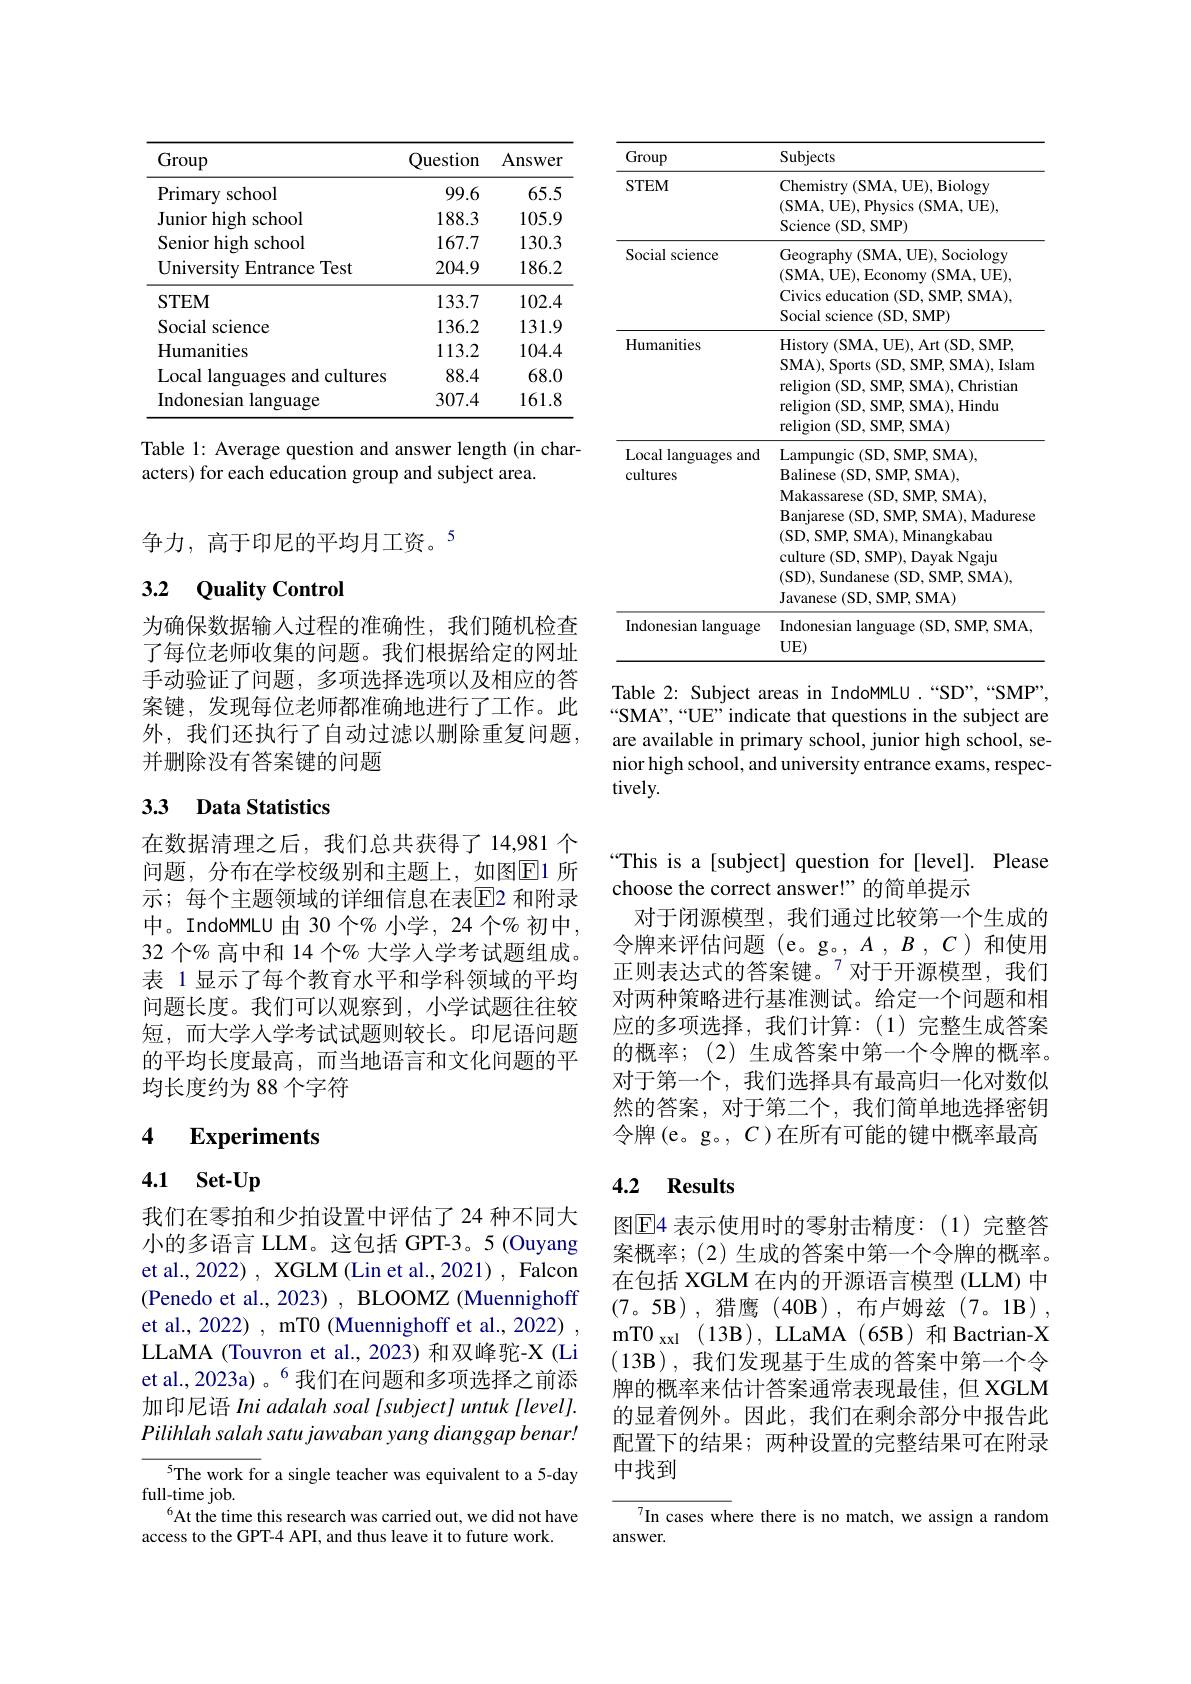
<table>
	<tbody>
		<tr>
			<th>Group</th>
			<th>Subjects</th>
		</tr>
		<tr>
			<td>STEM</td>
			<td>Chemistry ( SMA, UE) , Biology (SMA, UE), Physics (SMA, UE), Science ( SD, SMP) </td>
		</tr>
		<tr>
			<td>Social science</td>
			<td>Geography (SMA, UE), Sociology (SMA, UE), Economy (SMA, UE), Civics education (SD, SMP, SMA), Social science (SD, SMP)</td>
		</tr>
		<tr>
			<td>Humanities</td>
			<td>History ( SMA, UE) , Art ( SD, SMP, SMA), Sports (SD, SMP, SMA), Islam religion (SD, SMP, SMA), Christian religion (SD, SMP, SMA), Hindu religion (SD, SMP, SMA)</td>
		</tr>
		<tr>
			<td>Local languages and cultures</td>
			<td>Lampungic ( SD, SMP, SMA) , Balinese ( SD, SMP, SMA) , Makassarese ( SD, SMP, SMA) , Banjarese ( SD, SMP, SMA) , Madurese (SD, SMP, SMA), Minangkabau culture (SD, SMP), Dayak Ngaju (SD), Sundanese (SD, SMP, SMA), Javanese ( SD, SMP, SMA) </td>
		</tr>
		<tr>
			<td>Indonesian language</td>
			<td>Indonesian language (SD, SMP, SMA, $UE)$</td>
		</tr>
	</tbody>
</table>

Table 2: Subject areas in IndoMMLU.“SD”,“SMP”, $“$SMA",“UE” indicate that questions in the subject are are available in primary school, junior high school, senior high school, and university entrance exams, respectively.

<table>
	<tbody>
		<tr>
			<th>Group</th>
			<th>Question</th>
			<th>Answer</th>
		</tr>
		<tr>
			<td>Primary school</td>
			<td>99.6</td>
			<td>65.5</td>
		</tr>
		<tr>
			<td>Junior high school</td>
			<td>188.3</td>
			<td>105.9</td>
		</tr>
		<tr>
			<td>${\mathrm{Senior~high~school}}$</td>
			<td>167.7</td>
			<td>130.3</td>
		</tr>
		<tr>
			<td>University Entrance Test</td>
			<td>204.9</td>
			<td>186.2</td>
		</tr>
		<tr>
			<td>STEM</td>
			<td>133.7</td>
			<td>102.4</td>
		</tr>
		<tr>
			<td>Social science</td>
			<td>136.2</td>
			<td>131.9</td>
		</tr>
		<tr>
			<td>Humanities</td>
			<td>113.2</td>
			<td>104.4</td>
		</tr>
		<tr>
			<td>Local languages and cultures</td>
			<td>88.4</td>
			<td>68.0</td>
		</tr>
		<tr>
			<td>Indonesian language</td>
			<td>307.4</td>
			<td>161.8</td>
		</tr>
	</tbody>
</table>

Table 1: Average question and answer length (in char-
acters) for each education group and subject area.

争力，高于印尼的平均月工资。5

### 3.2 Quality Control

为确保数据输入过程的准确性，我们随机检查了每位老师收集的问题。我们根据给定的网址手动验证了问题，多项选择选项以及相应的答案键，发现每位老师都准确地进行了工作。此外，我们还执行了自动过滤以删除重复问题， 并删除没有答案键的问题

## 3.3 Data Statistics

在数据清理之后，我们总共获得了14，981 个问题，分布在学校级别和主题上，如图$\overline{\mathrm{E}}$1 所示；每个主题领域的详细信息在表$\overline{\mathrm{E}}$2 和附录中。IndoMMLU 由 30 个% 小学，24 个% 初中， 32 个% 高中和 14 个% 大学人学考试题组成。表 1显示了每个教育水平和学科领域的平均问题长度。我们可以观察到，小学试题往往较短，而大学人学考试试题则较长。印尼语问题的平均长度最高，而当地语言和文化问题的平均长度约为 88 个字符

## 4 $\textbf{Experiments}$

# 4.1 Set-Up

我们在零拍和少拍设置中评估了 24 种不同大小的多语言 LLM。这包括 GPT-3。5 (Ouyang et al., 2022) , XGLM (Lin et al., 2021) , Falcon (Penedo et al., 2023) , BLOOMZ (Muennighoff et al., 2022) , mT0 (Muennighoff et al., 2022) LLaMA (Touvron et al., 2023) 和双峰驼-X (Li et al.,2023a)。$^{6}$我们在问题和多项选择之前添加印尼语 Ini adalah soal [subject] untuk [level]. Pilihlah salah satu jawaban yang dianggap benar!

$^{5}$The work for a single teacher was equivalent to a 5-day
full-time job.
$^{6}$At the time this research was carried out, we did not have
access to the GPT-4 API, and thus leave it to future work.

“This is a[subject] question for [level]. Please
choose the correct answer!”的简单提示
对于闭源模型，我们通过比较第一个生成的令牌来评估问题 (e。g。$,A,B,C$)和使用正则表达式的答案键。$^{7}$对于开源模型，我们对两种策略进行基准测试。给定一个问题和相应的多项选择，我们计算：(1)完整生成答案的概率；(2)生成答案中第一个令牌的概率。对于第一个，我们选择具有最高归一化对数似然的答案，对于第二个，我们简单地选择密钥令牌(e。g。, $C$ )在所有可能的键中概率最高

### 4.2 Results

图$\overline{\mathrm{E}}$4 表示使用时的零射击精度：(1)完整答案概率；(2) 生成的答案中第一个令牌的概率。在包括 XGLM 在内的开源语言模型 (LLM) 中(7。5B),猎鹰(40B),布卢姆兹(7。1B), mT0 xxl ( 13B) , LLaMA ( 65B) 和 Bactrian-X $(13\mathbf{B})$,我们发现基于生成的答案中第一个令牌的概率来估计答案通常表现最佳，但 XGLM 的显着例外。因此，我们在剩余部分中报告此配置下的结果；两种设置的完整结果可在附录中找到

$^{7}$In cases where there is no match, we assign a random
answer.